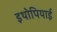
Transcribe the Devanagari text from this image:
इथोपियाई